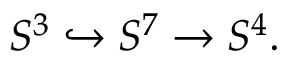
S ^ { 3 } \hookrightarrow S ^ { 7 } \to S ^ { 4 } .